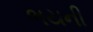
ભયની